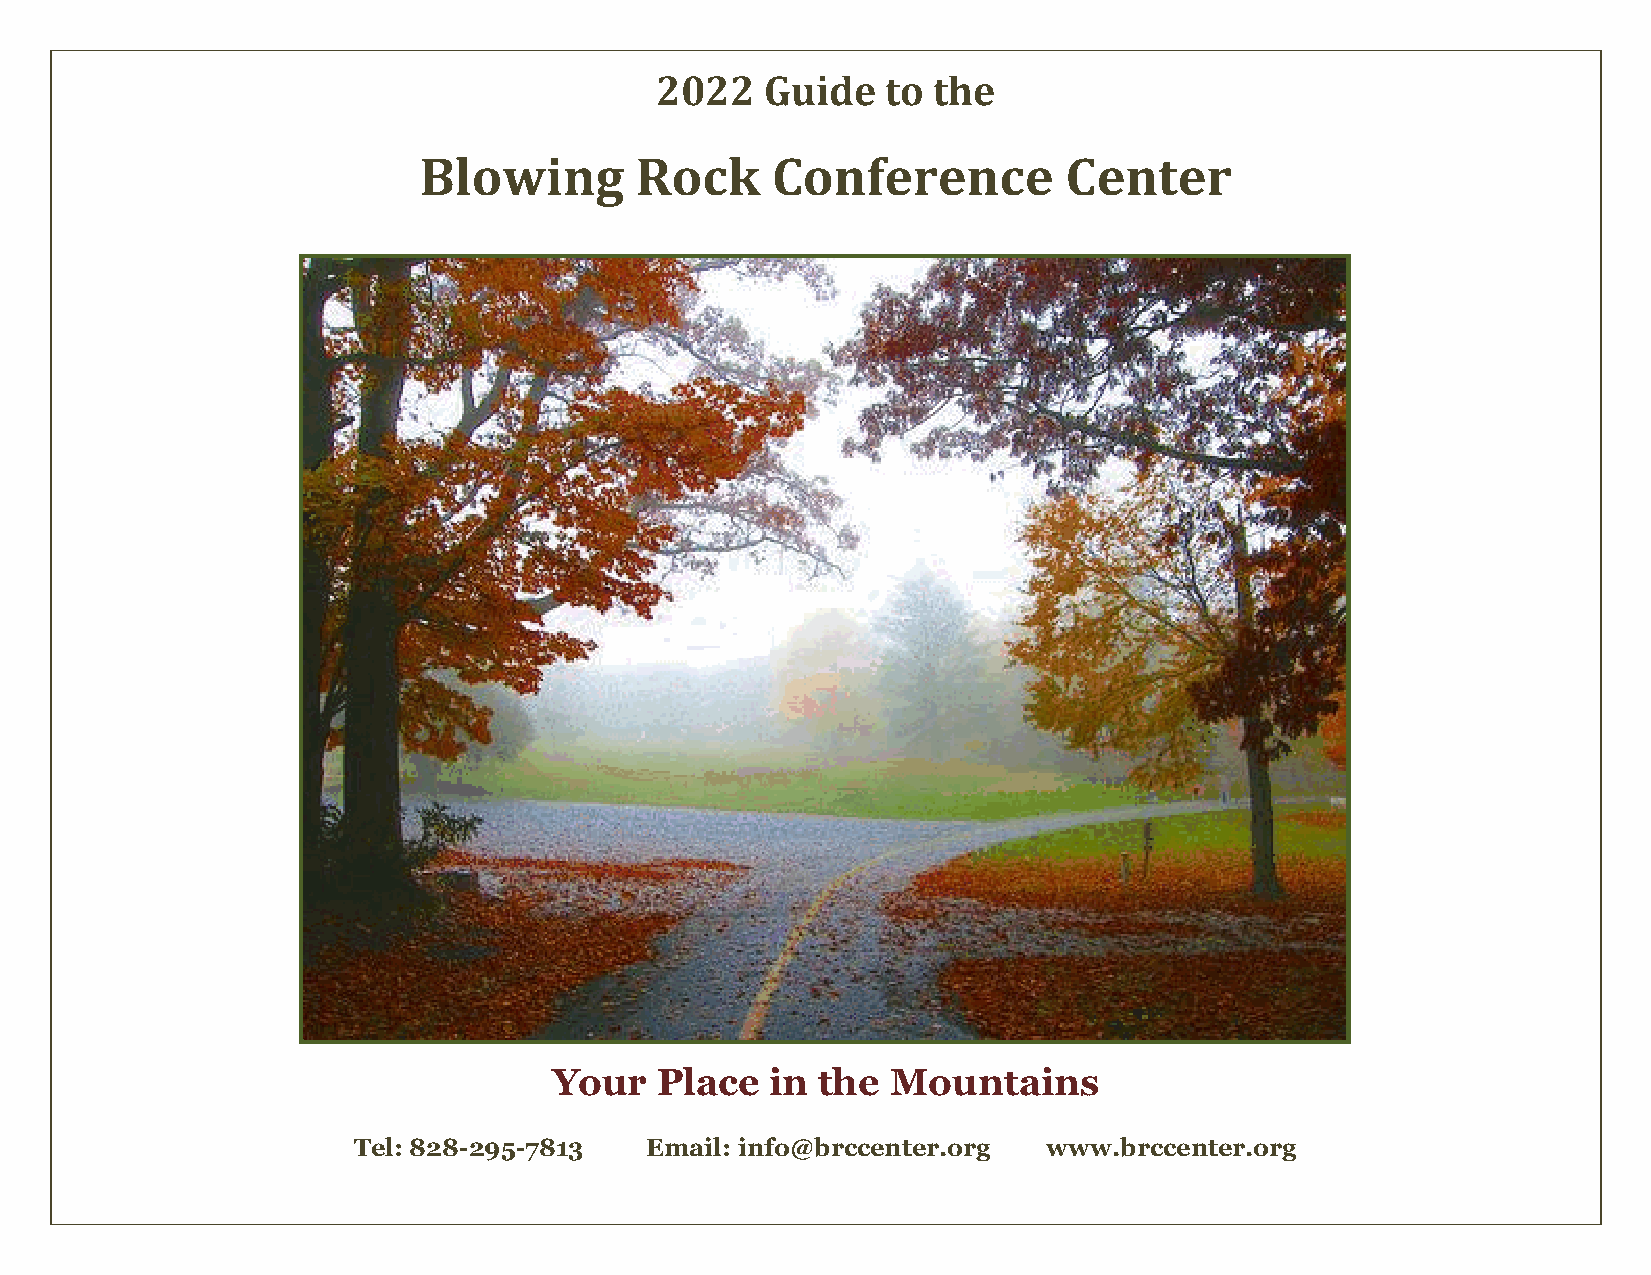
2022    Guide   to the
 Blowing       Rock     Conference          Center
 Your   Place  in the  Mountains
 Tel: 828-295-7813   Email: info@brccenter.org www.brccenter.org